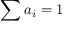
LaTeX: \sum a _ { i } = 1